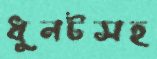
ধুনটসহ